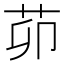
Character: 茆